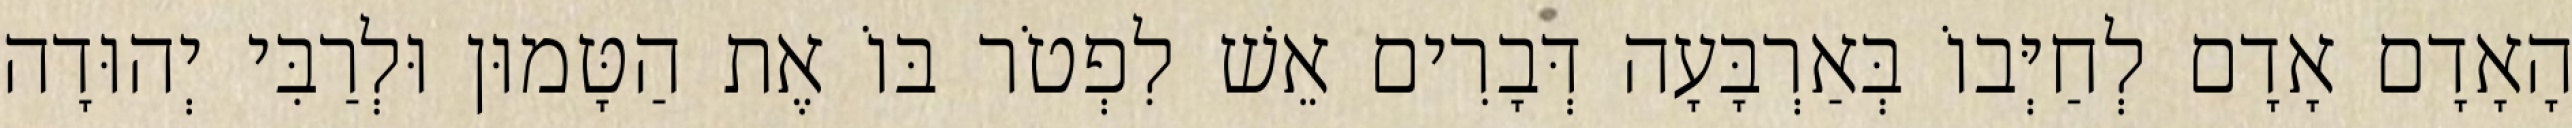
הָאָדָם אָדָם לְחַיְּבוֹ בְּאַרְבָּעָה דְּבָרִים אֵשׁ לִפְטֹר בּוֹ אֶת הַטָּמוּן וּלְרַבִּי יְהוּדָה